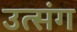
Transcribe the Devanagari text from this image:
उत्संग